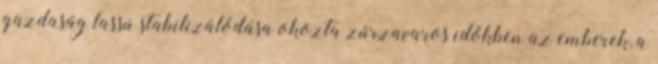
gazdaság lassú stabilizálódása okozta zűrzavaros időkben az emberek, a